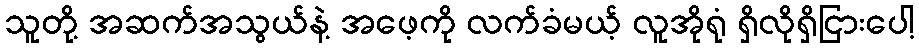
သူတို့ အဆက်အသွယ်နဲ့ အဖေ့ကို လက်ခံမယ့် လူအိုရုံ ရှိလိုရှိငြားပေါ့